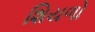
શિયળો